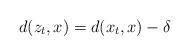
LaTeX: \begin{align*}d(z_t, x)=d(x_t, x)-\delta\end{align*}